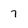
Character: 7